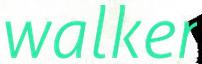
walker